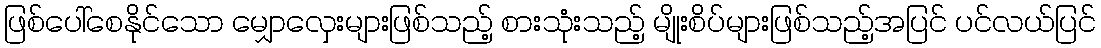
ဖြစ်ပေါ်စေနိုင်သော မျှောလှေးများဖြစ်သည့် စားသုံးသည့် မျိုးစိပ်များဖြစ်သည့်အပြင် ပင်လယ်ပြင်